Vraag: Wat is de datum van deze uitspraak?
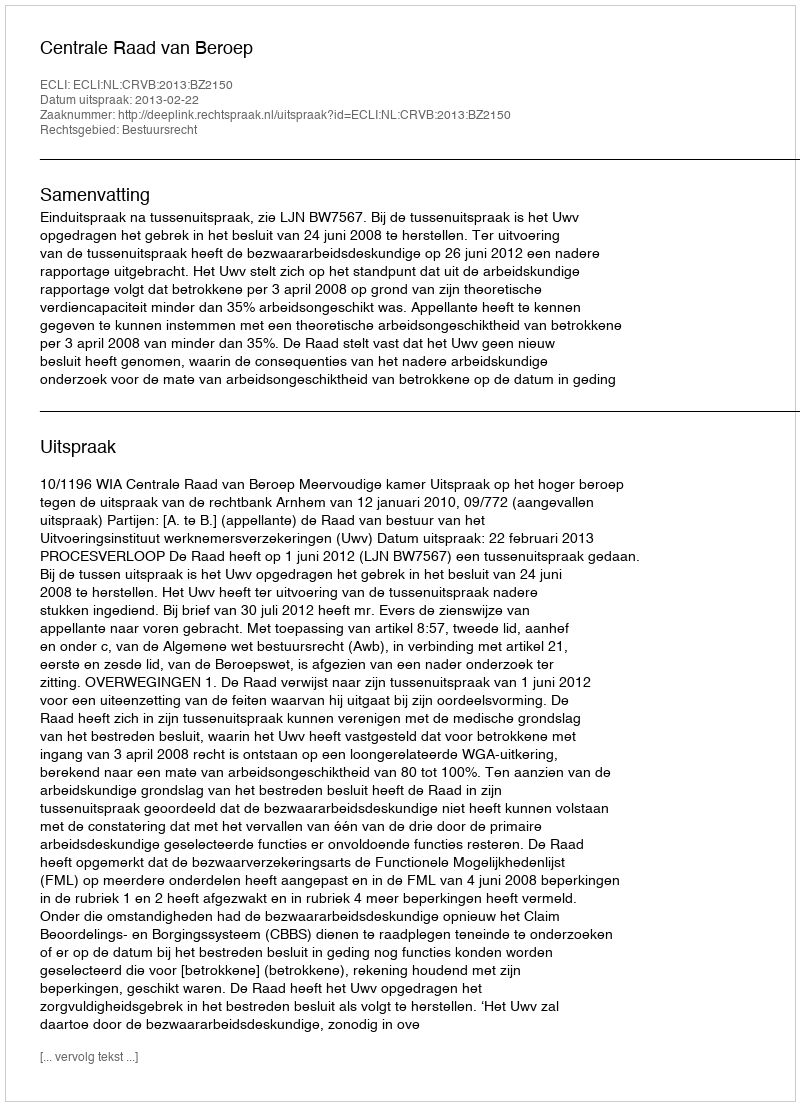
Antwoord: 2013-02-22